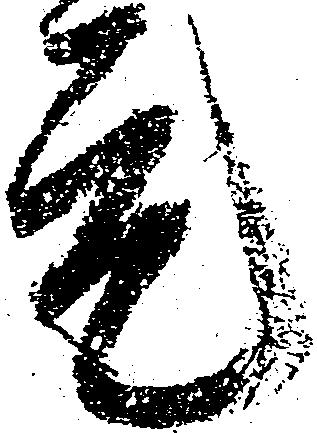
元